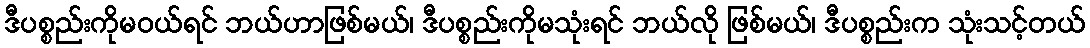
ဒီပစ္စည်းကိုမဝယ်ရင် ဘယ်ဟာဖြစ်မယ်၊ ဒီပစ္စည်းကိုမသုံးရင် ဘယ်လို ဖြစ်မယ်၊ ဒီပစ္စည်းက သုံးသင့်တယ်